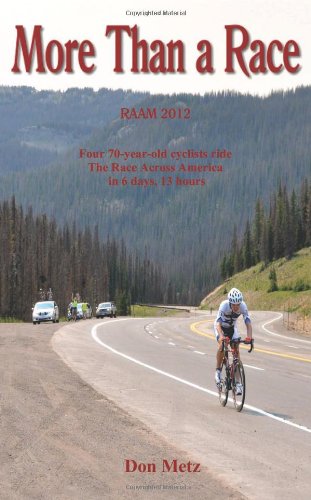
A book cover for More Than a Race: Four 70-Year-Old Cyclists Ride the Race Across America; Don Metz; Sports & Outdoors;